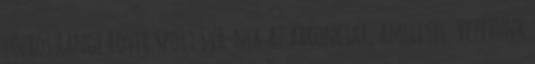
lóerős Range Rover Sport SVR-nek az abroncsai, amellyel. Vezetünk